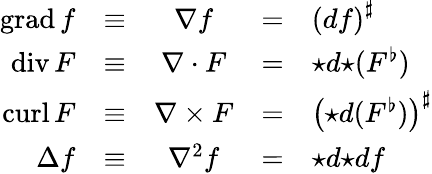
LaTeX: \begin{array}{rcccl}{\operatorname{grad}f}&{\equiv}&{\nabla f}&{=}&{\left(df\right)^{\sharp}}\\ {\operatorname{div}F}&{\equiv}&{\nabla\cdot F}&{=}&{{\star d{\star}(F^{\flat})}}\\ {\operatorname{curl}F}&{\equiv}&{\nabla\times F}&{=}&{\left({\star}d(F^{\flat})\right)^{\sharp}}\\ {\Delta f}&{\equiv}&{\nabla^{2}f}&{=}&{{\star}d{\star}df}\end{array}